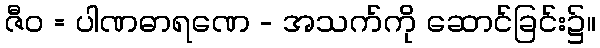
ဇီဝ = ပါဏဓာရဏေ - အသက်ကို ဆောင်ခြင်း၌။